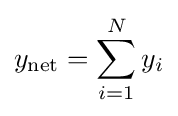
y_{\mathrm {net} }=\sum _{i=1}^{N}y_{i}\,\!